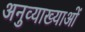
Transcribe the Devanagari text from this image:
अनुव्याख्याओं